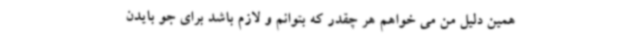
همین دلیل من می خواهم هر چقدر که بتوانم و لازم باشد برای جو بایدن